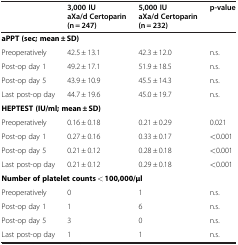
|  | 3,000 IU aXa/dCertoparin (n = 247) | 5,000 IU aXa/dCertoparin (n = 232) | p-value |
 | --- | --- | --- | --- |
 | <COLSPAN=4> aPPT (sec; mean ± SD) |
 | Preoperatively | 42.5 ± 13.1 | 42.3 ± 12.0 | n.s. |
 | Post-op day 1 | 49.2 ± 17.1 | 51.9 ± 18.5 | n.s. |
 | Post-op day 5 | 43.9 ± 10.9 | 45.5 ± 14.3 | n.s. |
 | Last post-op day | 44.7 ± 19.6 | 45.0 ± 19.7 | n.s. |
 | <COLSPAN=4> HEPTEST (IU/ml; mean ± SD) |
 | Preoperatively | 0.16 ± 0.18 | 0.21 ± 0.29 | 0.021 |
 | Post-op day 1 | 0.27 ± 0.16 | 0.33 ± 0.17 | <0.001 |
 | Post-op day 5 | 0.21 ± 0.12 | 0.28 ± 0.18 | <0.001 |
 | Last post-op day | 0.21 ± 0.12 | 0.29 ± 0.18 | <0.001 |
 | <COLSPAN=4> Number of platelet counts < 100,000/μl |
 | Preoperatively | 0 | 1 | n.s. |
 | Post-op day 1 | 1 | 6 | n.s. |
 | Post-op day 5 | 3 | 0 | n.s. |
 | Last post-op day | 1 | 1 | n.s. |